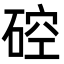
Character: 硿